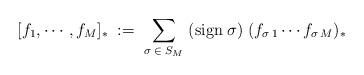
LaTeX: \begin{align*}[f_1,\cdots,f_M]_*\;:=\;\sum_{\sigma \;\in\; S_M}\;({\rm sign}\;\sigma)\;(f_{\sigma\,1}\cdots f_{\sigma\,M})_*\end{align*}